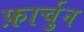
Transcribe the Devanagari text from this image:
फ़ार्चुन